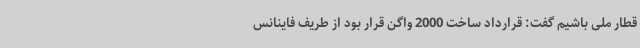
قطار ملی باشیم گفت: قرارداد ساخت 2000 واگن قرار بود از طریف فاینانس